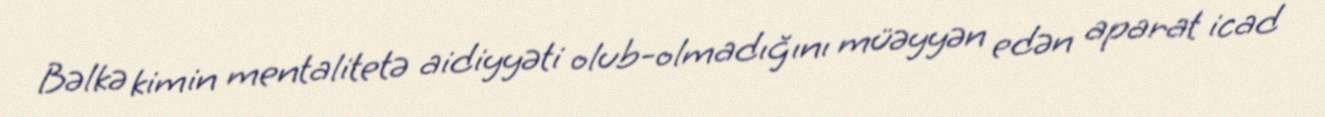
Bəlkə kimin mentalitetə aidiyyəti olub-olmadığını müəyyən edən aparat icad